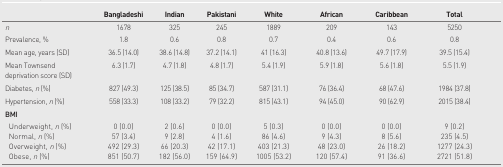
|  | Bangladeshi | Indian | Pakistani | White | African | Caribbean | Total |
 | --- | --- | --- | --- | --- | --- | --- | --- |
 | n | 1678 | 325 | 245 | 1889 | 209 | 143 | 5250 |
 | Prevalence, % | 1.8 | 0.6 | 0.8 | 0.7 | 0.4 | 0.6 | 0.8 |
 | Mean age, years (SD) | 36.5 (14.0) | 38.6 (14.8) | 37.2 (14.1) | 41 (16.3) | 40.8 (13.6) | 49.7 (17.9) | 39.5 (15.4) |
 | Mean Townsend deprivation score (SD) | 6.3 (1.7) | 4.7 (1.8) | 4.8 (1.7) | 5.4 (1.9) | 5.9 (1.8) | 5.6 (1.8) | 5.5 (1.9) |
 | Diabetes, n (%) | 827 (49.3) | 125 (38.5) | 85 (34.7) | 587 (31.1) | 76 (36.4) | 68 (47.6) | 1984 (37.8) |
 | Hypertension, n (%) | 558 (33.3) | 108 (33.2) | 79 (32.2) | 815 (43.1) | 94 (45.0) | 90 (62.9) | 2015 (38.4) |
 | BMI |  |  |  |  |  |  |  |
 | Underweight, n (%) | 0 (0.0) | 2 (0.6) | 0 (0.0) | 5 (0.3) | 0 (0.0) | 0 (0.0) | 9 (0.2) |
 | Normal, n (%) | 57 (3.4) | 9 (2.8) | 4 (1.6) | 86 (4.6) | 9 (4.3) | 8 (5.6) | 235 (4.5) |
 | Overweight, n (%) | 492 (29.3) | 66 (20.3) | 42 (17.1) | 403 (21.3) | 48 (23.0) | 26 (18.2) | 1277 (24.3) |
 | Obese, n (%) | 851 (50.7) | 182 (56.0) | 159 (64.9) | 1005 (53.2) | 120 (57.4) | 91 (36.6) | 2721 (51.8) |